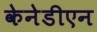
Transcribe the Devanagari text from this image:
केनेडीएन